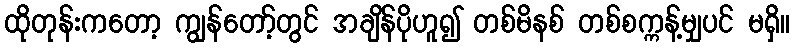
ထိုတုန်းကတော့ ကျွန်တော့်တွင် အချိန်ပိုဟူ၍ တစ်မိနစ် တစ်စက္ကန့်မျှပင် မရှိ။